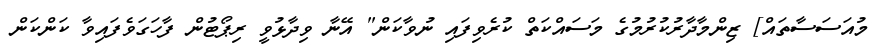
މުއަސަސާތައް] ޒިންމާދާރުކުރުމުގެ މަސައްކަތް ކުރެވިފައި ނުވާކަން" އޭނާ ވިދާޅުވީ ރިޕޯޓުން ފާހަގަވެފައިވާ ކަންކަން